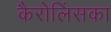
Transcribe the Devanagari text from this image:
कैरोलिंसका